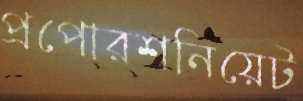
প্রপোরশনিয়েট